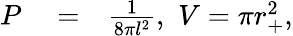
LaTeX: \begin{array}{rlr}{P}&{{}=}&{\frac{1}{8\pi l^{2}},\, \, V=\pi r_{+}^{2},}\end{array}